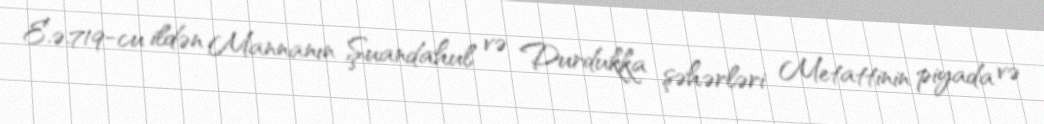
E.ə.719-cu ildən Mannanın Şuandahul və Durdukka şəhərləri Metattinin piyada və